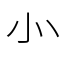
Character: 㣺